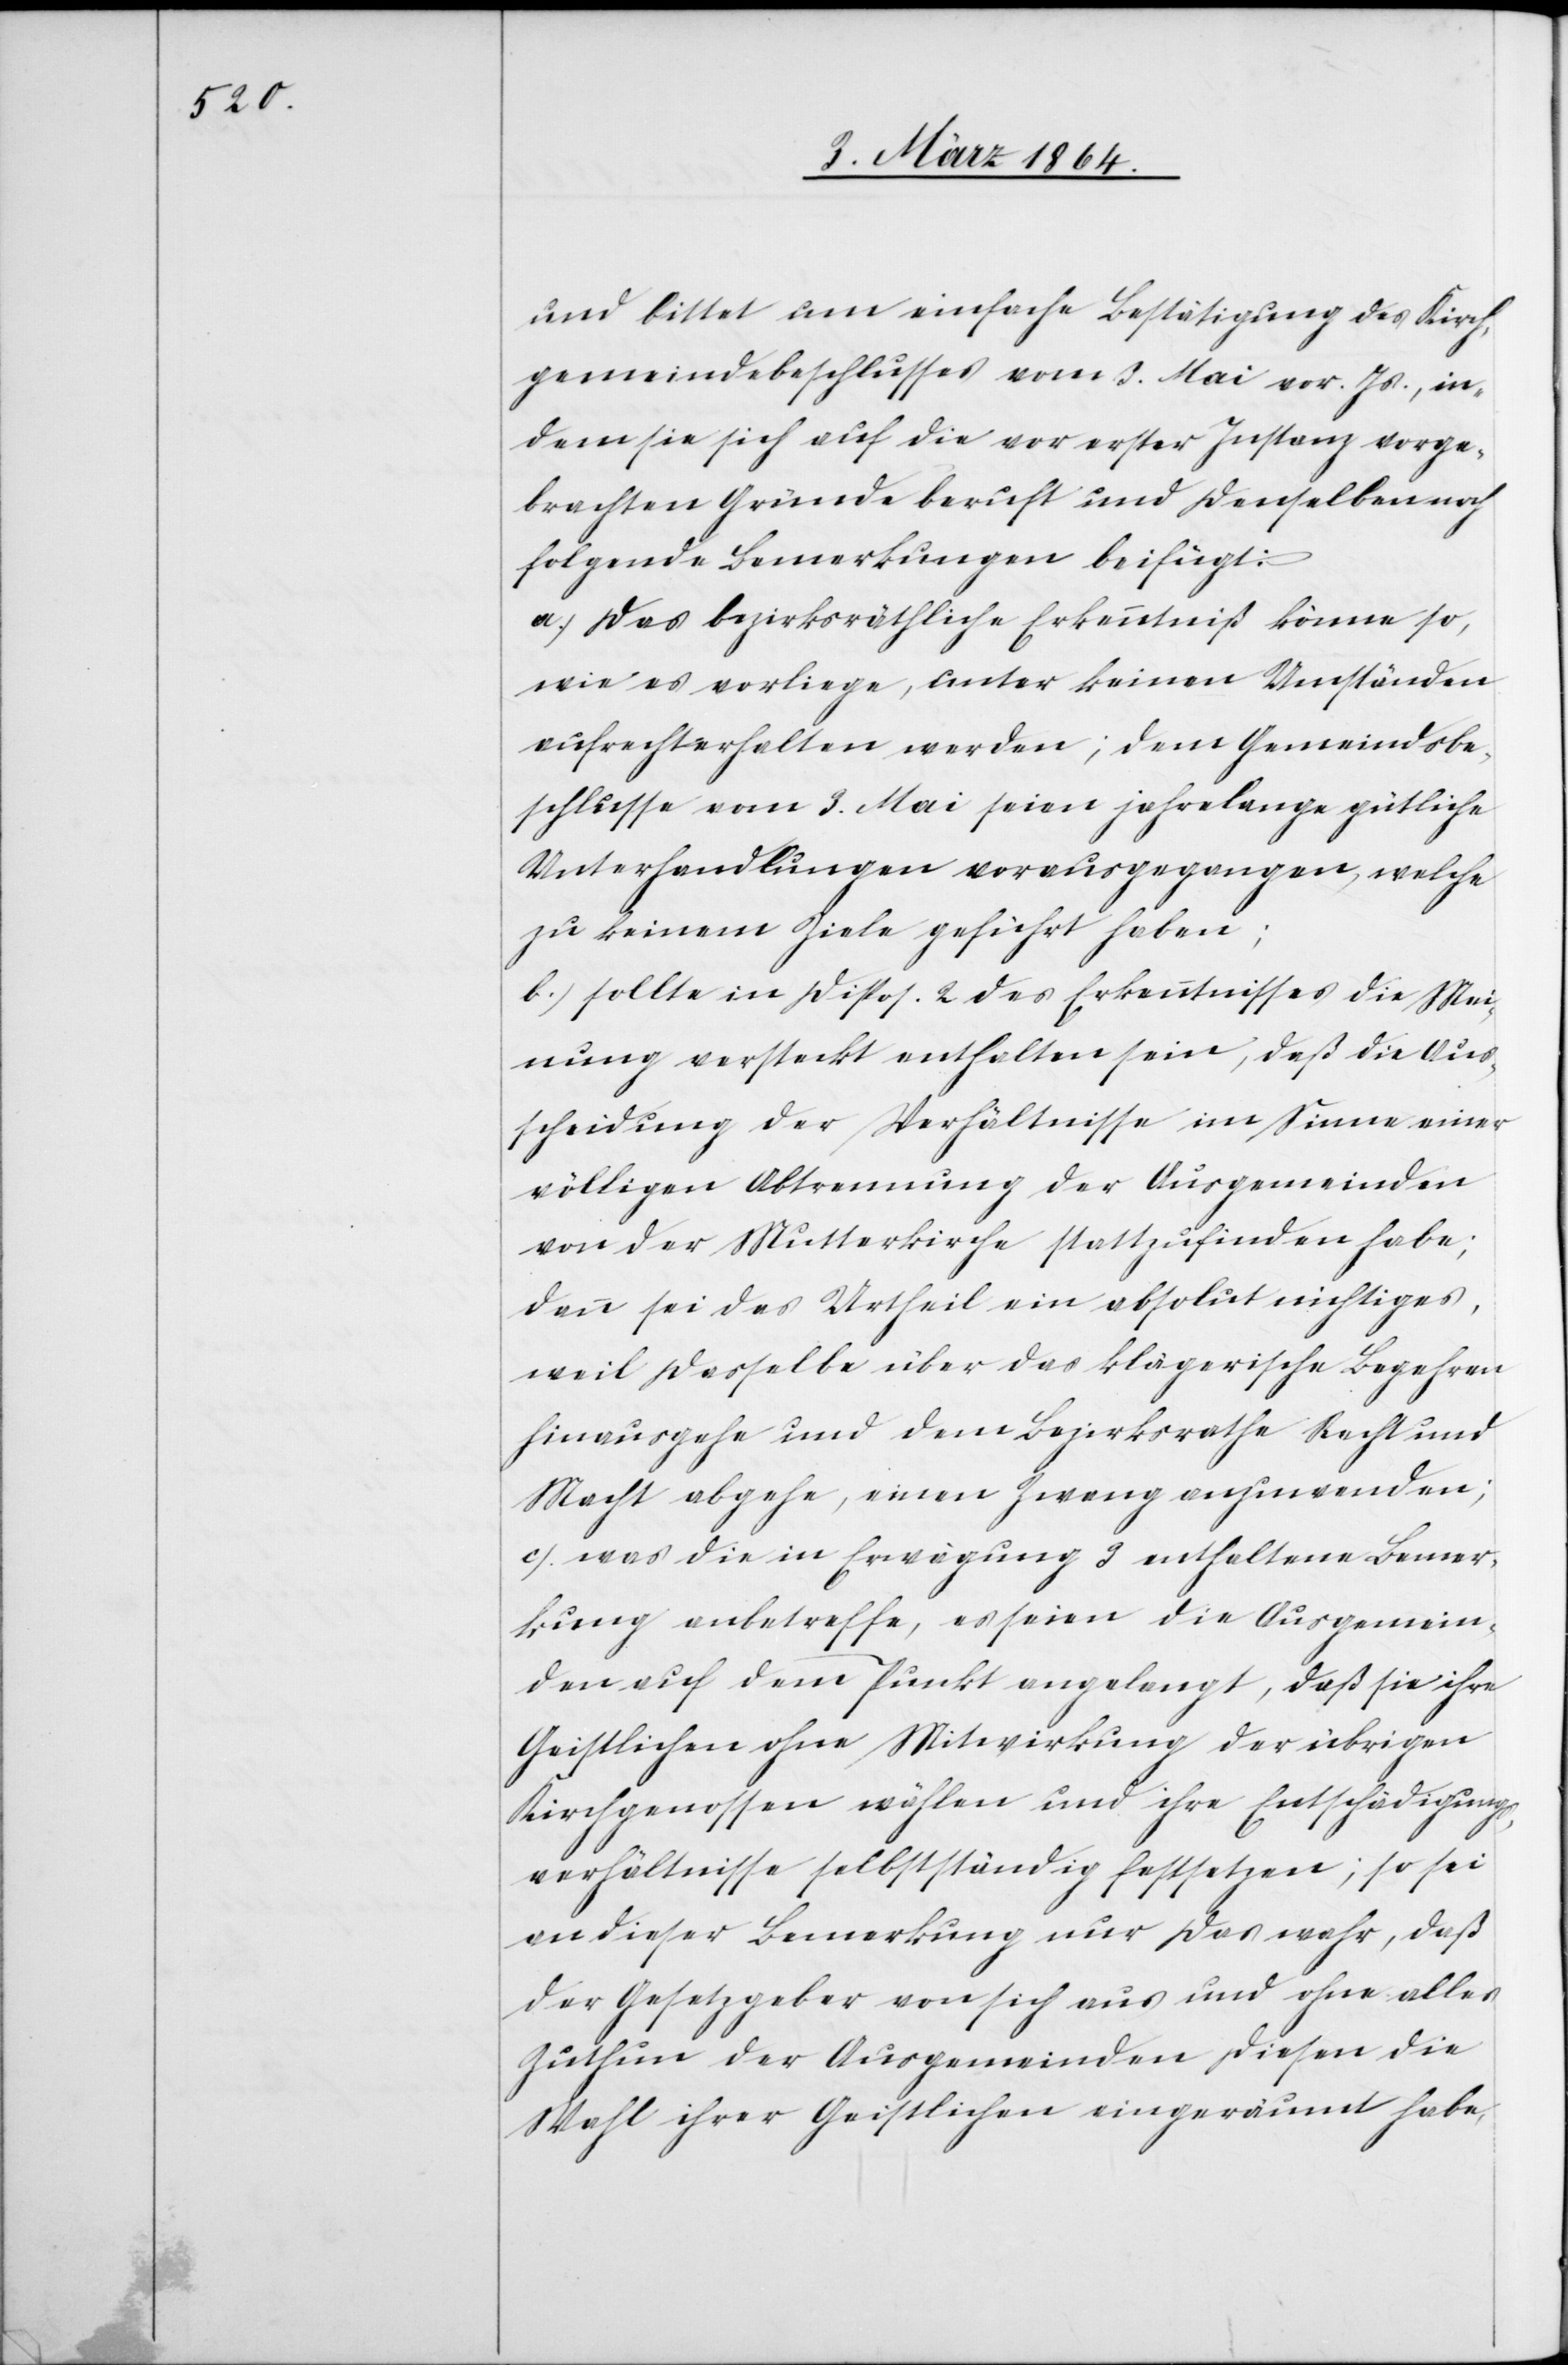
und bittet um einfache Bestätigung des Kirch¬
gemeindebeschlusses vom 3. Mai vor. Js., in¬
dem sie sich auf die vor erster Instanz vorge¬
brachten Gründe beruft und denselben noch
folgende Bemerkungen beifügt:
a.) Das bezirksräthliche Erkenntniß könne so,
wie es vorliege, unter keinen Umständen
aufrechterhalten werden; dem Gemeindsbe¬
schlusse vom 3. Mai seien jahrelange gütliche
Unterhandlungen vorausgegangen, welche
zu keinem Ziele geführt haben;
b.) sollte in Dispos. 2 des Erkenntnisses die Mei¬
nung versteckt enthalten sein, daß die Aus¬
scheidung der Verhältnisse im Sinne einer
völligen Abtrennung der Ausgemeinden
von der Mutterkirche stattzufinden habe;
dann sei das Urtheil ein absolut nichtiges,
weil dasselbe über das klägerische Begehren
hinausgehe und dem Bezirksrathe Recht und
Macht abgehe, einen Zwang anzuwenden;
c.) was die in Erwägung 3 enthaltene Bemer¬
kung anbetreffe, es seien die Ausgemein¬
den auf dem Punkt angelangt, daß sie ihre
Geistlichen ohne Mitwirkung der übrigen
Kirchgenossen wählen und ihre Entschädigungs¬
verhältnisse selbstständig festsetzen; so sei
an dieser Bemerkung nur das wahr, daß
der Gesetzgeber von sich aus und ohne alles
Zuthun der Ausgemeinden diesen die
Wahl ihrer Geistlichen eingeräumt habe,